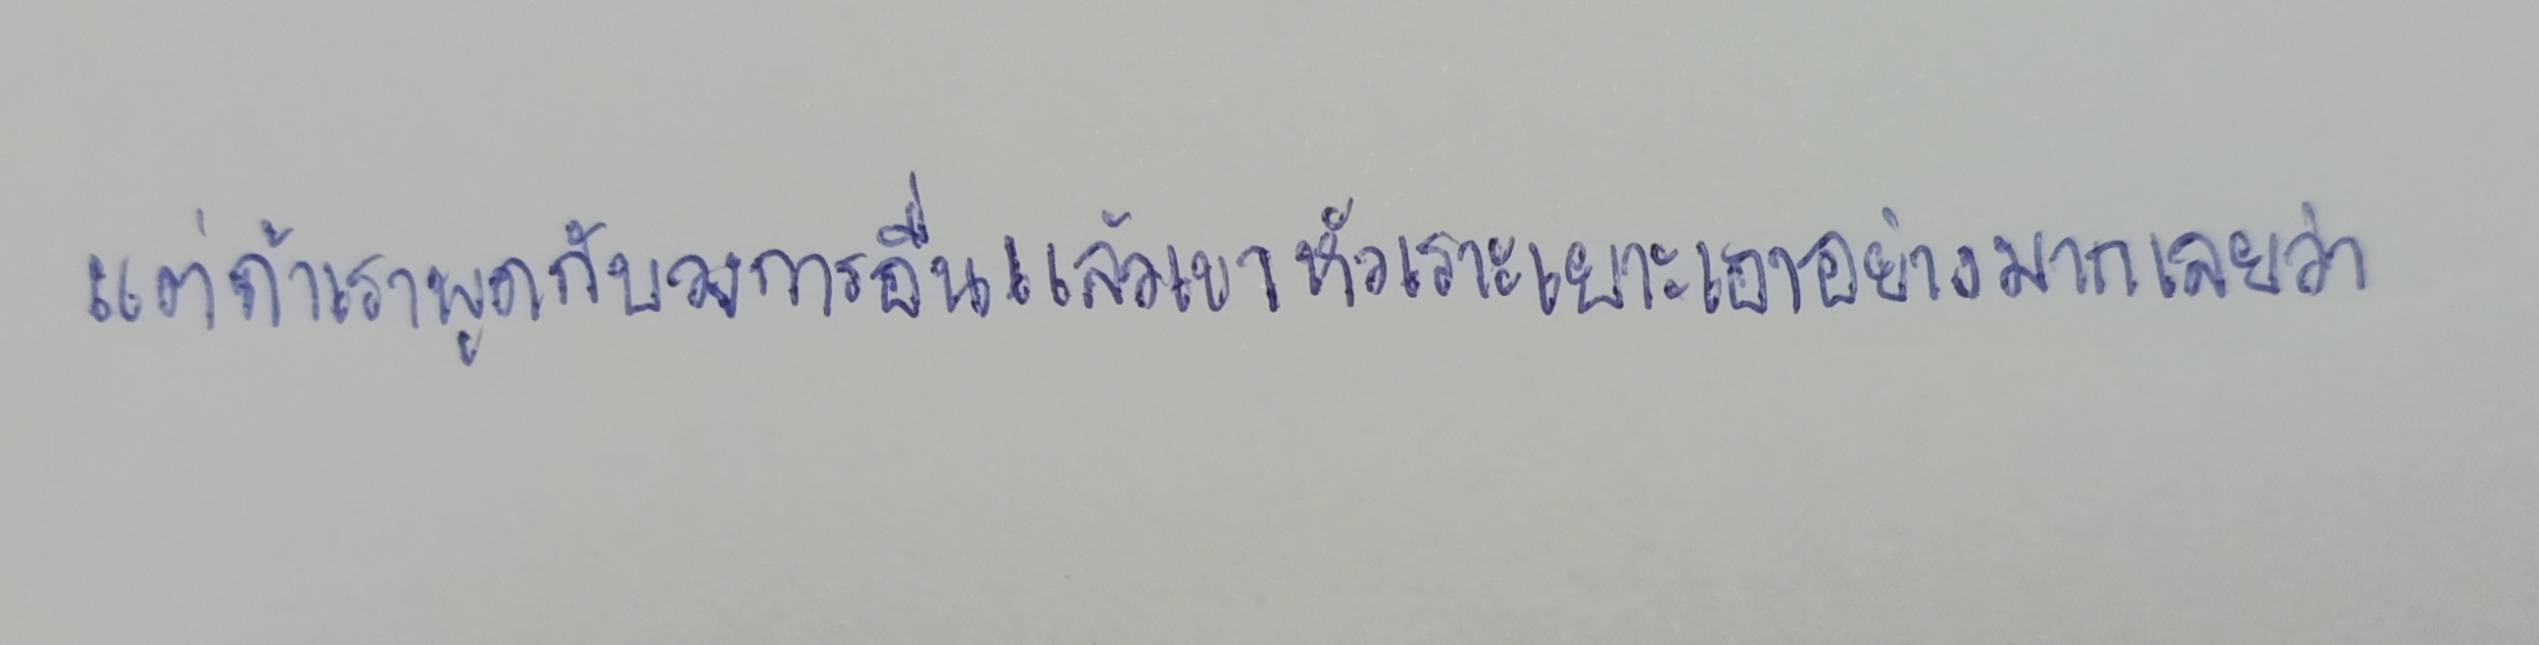
แต่ถ้าเราพูดกับวงการอื่นแล้วเขาหัวเราะเยาะเอาอย่างมากเลยว่า